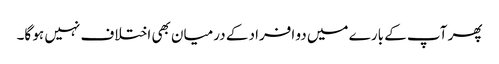
پھر آپ کے بارے میں دو افراد کے درمیان بھی اختلاف نہیں ہو گا۔